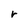
Character: r